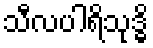
သီလပါရိသုဒ္ဓိ